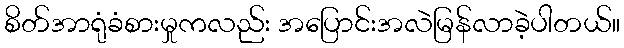
စိတ်အာရုံခံစားမှုကလည်း အပြောင်းအလဲမြန်လာခဲ့ပါတယ်။